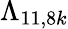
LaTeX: \Lambda_{11,8k}